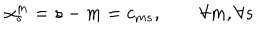
\alpha _ { s } ^ { m } = s - m = c _ { m s } , \qquad \forall m , \forall s